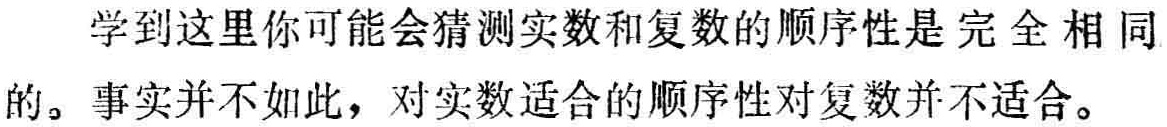
学到这里你可能会猜测实数和复数的顺序性是完全相同的。事实并不如此，对实数适合的顺序性对复数并不适合。